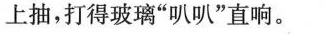
上抽，打得玻璃”叭叭”直响。